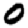
Digit: 0